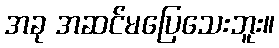
အခု အဆင်မပြေသေးဘူး။